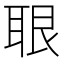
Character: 𦕨